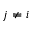
j \ne i